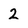
Character: 2